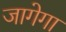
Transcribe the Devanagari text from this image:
जागेगा